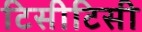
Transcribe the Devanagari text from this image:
टिसीटिसी